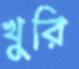
খুরি